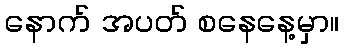
နောက် အပတ် စနေနေ့မှာ။